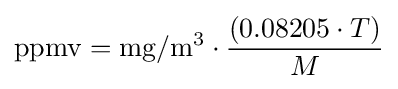
\mathrm {ppmv} =\mathrm {mg} /\mathrm {m} ^{3}\cdot {\frac {(0.08205\cdot T)}{M}}